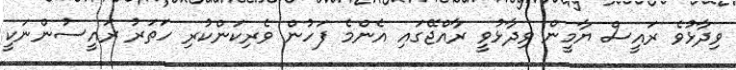
ވިދާޅުވެ ރައީސް ޔާމީން ވިދާޅުވީ ރާއްޖޭގައި އެންމެ ފަހުން ވެރިކަންކުރި ހަތަރު ރައީސުންނަކީ